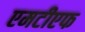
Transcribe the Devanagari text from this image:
एमटीएफ